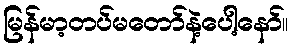
မြန်မာ့တပ်မတော်နဲ့ပေါ့နော်။